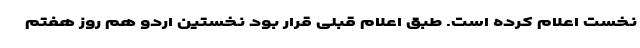
نخست اعلام کرده است. طبق اعلام قبلی قرار بود نخستین اردو هم روز هفتم